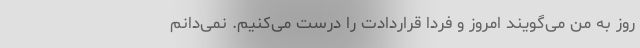
روز به من می‌گویند امروز و فردا قراردادت را درست می‌کنیم. نمی‌دانم